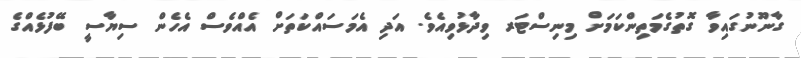
ގާނޫނުގައިވާ ގޮތުގެމަތިންކަމަށް މިނިސްޓަރ ވިދާޅުވިއެވެ. އަދި އެމަސައްކަތަށް އެއްވެސް އެހެން ސިޔާސީ ބޭފުޅެއްގެ